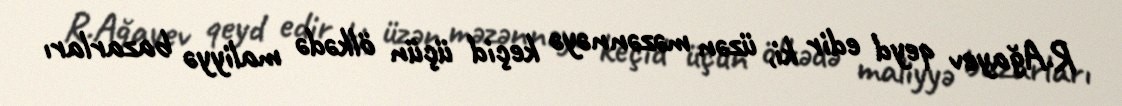
R.Ağayev qeyd edir ki, üzən məzənnəyə keçid üçün ölkədə maliyyə bazarları